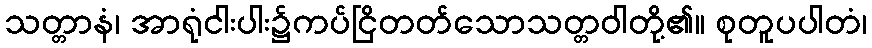
သတ္တာနံ၊ အာရုံငါးပါး၌ကပ်ငြိတတ်သောသတ္တဝါတို့၏။ စုတူပပါတံ၊